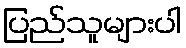
ပြည်သူများပါ